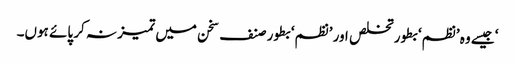
‘ جیسے وہ ’نظم‘ بطور تخلص اور ’نظم‘ بطور صنف سخن میں تمیز نہ کر پائے ہوں۔